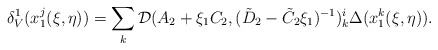
\begin{align*}\delta^1_V(x_1^j(\xi,\eta)) = \sum_k{\cal D}(A_2+\xi_1C_2,(\tilde D_2 - \tilde C_2 \xi_1)^{-1})^i_k\Delta (x_1^k(\xi,\eta)).\end{align*}